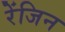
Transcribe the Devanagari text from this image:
रेंजिन